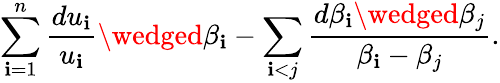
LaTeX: \sum_{\mathbf{i}=1}^{n}\frac{{du_{\mathbf{i}}}}{{u_{\mathbf{i}}}}\wedged\beta_{\mathbf{i}}-\sum_{\mathbf{i}<j}\frac{{d\beta_{\mathbf{i}}\wedged\beta_{j}}}{{\beta_{\mathbf{i}}-\beta_{j}}}.